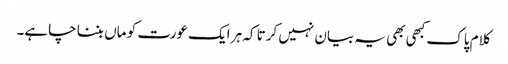
کلام پاک کبھی بھی یہ بیان نہیں کرتا کہ ہر ایک عورت کو ماں بننا چاہے۔